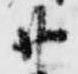
廿